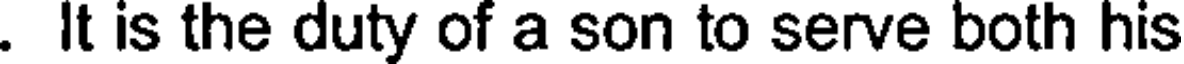
. It is the duty of a son to serve both his